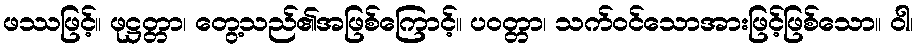
ဖဿဖြင့်။ ဖုဋ္ဌတ္တာ၊ တွေ့သည်၏အဖြစ်ကြောင့်။ ပဝတ္တာ၊ သက်ဝင်သောအားဖြင့်ဖြစ်သော။ ဝါ၊